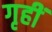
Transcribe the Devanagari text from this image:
गृहीं